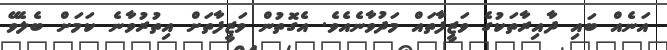
އަނެއް ބައި ދާއިރާތަކުގެ ވަޒީފާތައް މަދުވާނެއެވެ. އެގޮތުން ވަޒީފާތަށް އިތުރުވާނެ ކަމަށް ބެލެވޭ